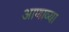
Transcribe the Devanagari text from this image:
आणाव्या